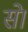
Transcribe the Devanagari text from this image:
सेा